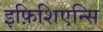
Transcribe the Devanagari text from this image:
इफ़िशिएन्सि